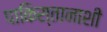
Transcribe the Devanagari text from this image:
पाकिस्तानाशी